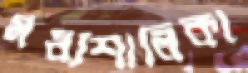
মধ্যশালিকা